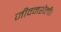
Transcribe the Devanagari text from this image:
जीवनशैली।